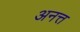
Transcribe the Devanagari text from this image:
अनत्त